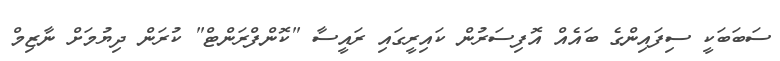
ސަބަބަކީ ސިފައިންގެ ބައެއް އޮފިސަރުން ކައިރީގައި ރައީސާ "ކޮންފްރަންޓް" ކުރަން ދިޔުމަށް ނާޒިމް